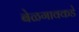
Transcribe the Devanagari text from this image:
बेळगावकडे